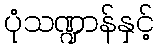
ပုံသဏ္ဍာန်နှင့်